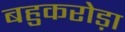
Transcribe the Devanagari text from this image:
बहुकरोड़ा